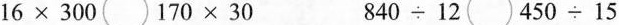
16\times300 \bigcirc170 \times30